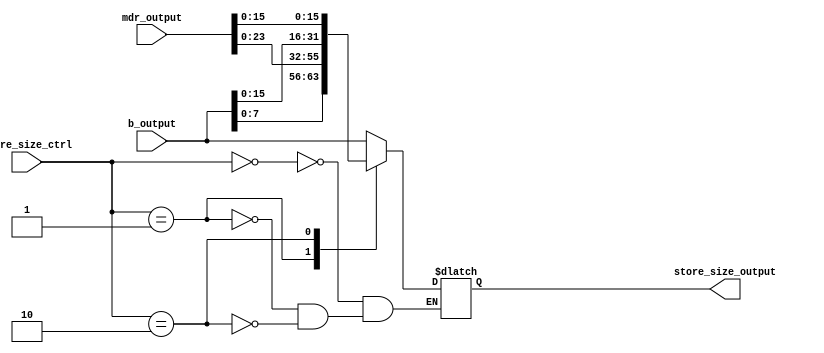
module StoreSize (
  input  wire [1:0]  store_size_ctrl,
  input  wire [31:0] b_output,
  input  wire [31:0] mdr_output,
  output  reg [31:0] store_size_output
);

always @(*) begin
  case (store_size_ctrl)
    0: store_size_output = b_output;
    1: store_size_output = {b_output[7:0], mdr_output[23:0]};
    2: store_size_output = {b_output[15:0], mdr_output[15:0]};
  endcase
end

endmodule